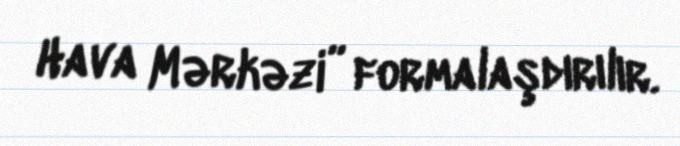
Hava Mərkəzi” formalaşdırılır.